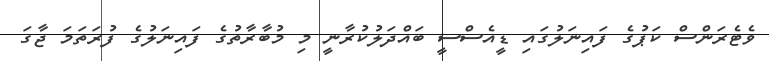
ވެޓެރަންސް ކަޕުގެ ފައިނަލުގައި ޑީއެސްސީ ބައްދަލުކުރާނީ މި މުބާރާތުގެ ފައިނަލުގެ ފުރަތަމަ ޖާގަ